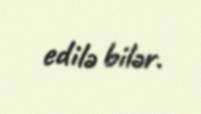
edilə bilər.